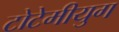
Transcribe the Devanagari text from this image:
टोटेमीयुग